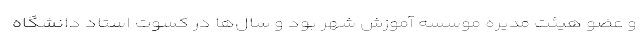
و عضو هیئت مدیره موسسه آموزش شهر بود و سال‌ها در کسوت استاد دانشگاه